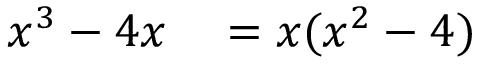
\begin{array} { r l } { x ^ { 3 } - 4 x } & { { } = x ( x ^ { 2 } - 4 ) } \end{array}